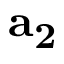
\mathbf { a _ { 2 } }